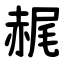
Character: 䞔